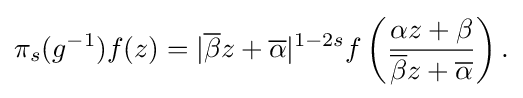
\displaystyle {\pi _{s}(g^{-1})f(z)=|{\overline {\beta }}z+{\overline {\alpha }}|^{1-2s}f\left({\alpha z+\beta  \over {\overline {\beta }}z+{\overline {\alpha }}}\right).}